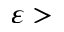
\varepsilon >